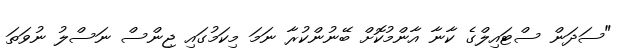
"ސަދަން ސްޓައިލްގެ ކާނާ އާންމުކޮށް ބޭނުންކުރާ ނަމަ މިކަމުގައި ޖިންސް ނަސްލު ނުވަތަ